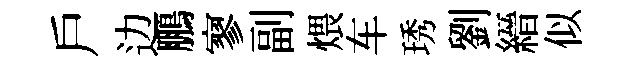
戶边鵬寥副煨车琇劉縉似